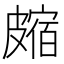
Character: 𥀝